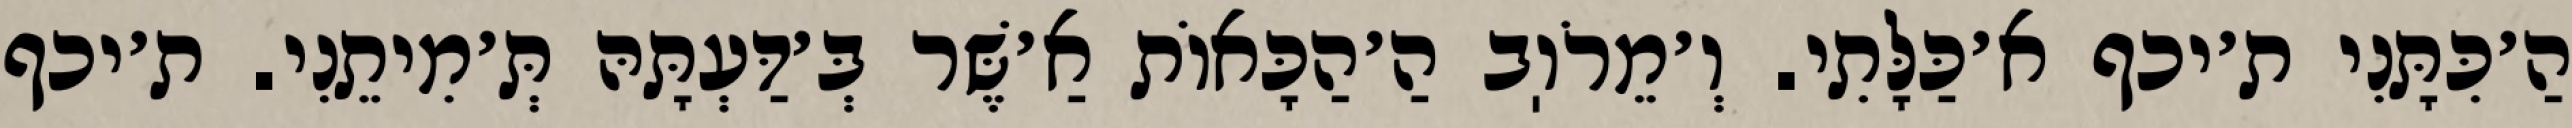
הַ׳כִּתָּנִי ת׳יכף א׳כַּלָּתִי. וְ׳מֵרֹוֽב הַ׳הַכָּאוֹת אַ׳שֶּׁר בְּ׳דַּעְתָּהּ תְּ׳מִיתֵנִי. ת׳יכף